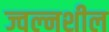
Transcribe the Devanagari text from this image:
ज्वल्नशील